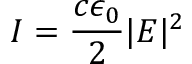
I = \frac { c \epsilon _ { 0 } } { 2 } | E | ^ { 2 }